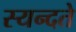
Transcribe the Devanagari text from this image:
स्यन्दते